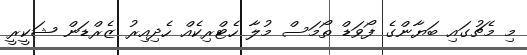
މި މެޗުގައި ބަޔާންގެ ފޯވަޑް ތޯމަސް މުލާ ހެޓްރިކެއް ހެދިއިރު ޒެރްޑަން ޝަކީރީ